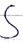
Text: S